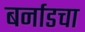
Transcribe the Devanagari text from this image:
बर्नाडचा